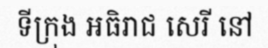
ទីក្រុង អធិរាជ សេរី នៅ